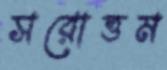
সরোত্তম